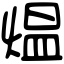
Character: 煴